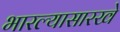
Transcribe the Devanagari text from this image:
भारल्यासारखे